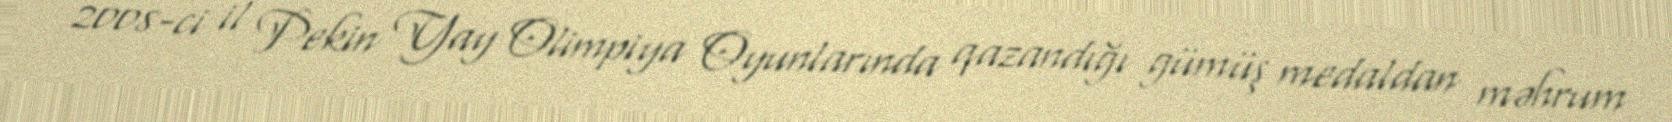
2008-ci il Pekin Yay Olimpiya Oyunlarında qazandığı gümüş medaldan məhrum